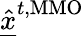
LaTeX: \underline{{\hat{x}}}^{t,\mathrm{MMO}}